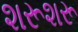
શરૂશરૂ